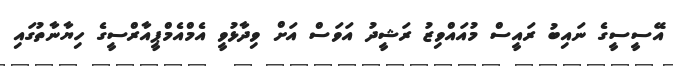
އޭސީސީގެ ނައިބު ރައީސް މުއައްވިޒު ރަޝީދު އަވަސް އަށް ވިދާޅުވީ އެމްއެމްޕީއާރްސީގެ ހިޔާނާތުގައި